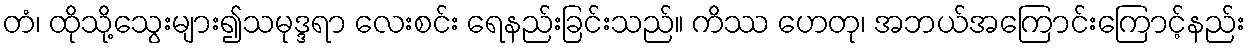
တံ၊ ထိုသို့သွေးများ၍သမုဒ္ဒရာ လေးစင်း ရေနည်းခြင်းသည်။ ကိဿ ဟေတု၊ အဘယ်အကြောင်းကြောင့်နည်း